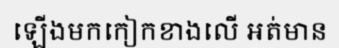
ឡើងមកកៀកខាងលើ អត់មាន